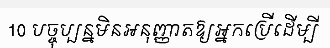
10 បច្ចុប្បន្នមិនអនុញ្ញាតឱ្យអ្នកប្រើដើម្បី